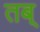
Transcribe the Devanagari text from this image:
तब्